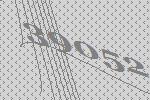
39052